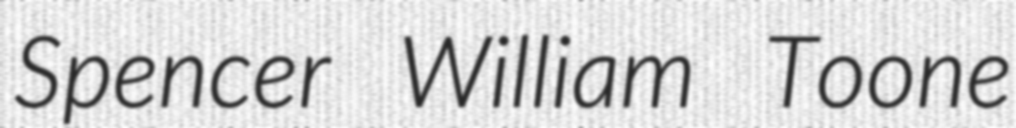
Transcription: Spencer William Toone